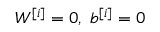
W ^ { [ i ] } = 0 , \ b ^ { [ i ] } = 0